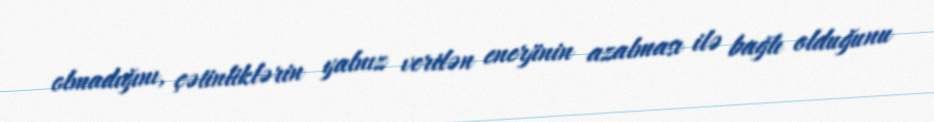
olmadığını, çətinliklərin yalnız verilən enerjinin azalması ilə bağlı olduğunu